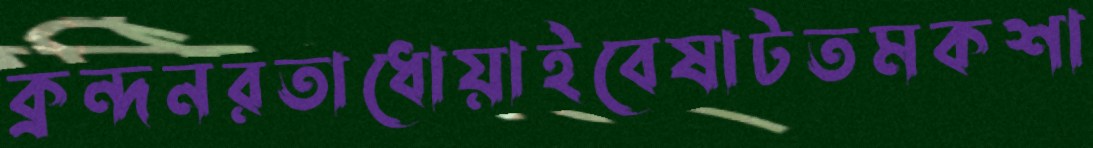
ক্রন্দনরতাধোয়াইবেষাটতমকশা